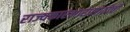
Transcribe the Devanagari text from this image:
राज्यकारभारासाठीची